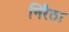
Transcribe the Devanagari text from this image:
निरैठा